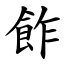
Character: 飵